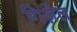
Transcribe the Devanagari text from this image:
गिज़ेल